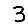
Digit: 3